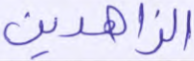
الزاهدين